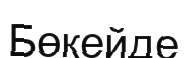
Бөкейде